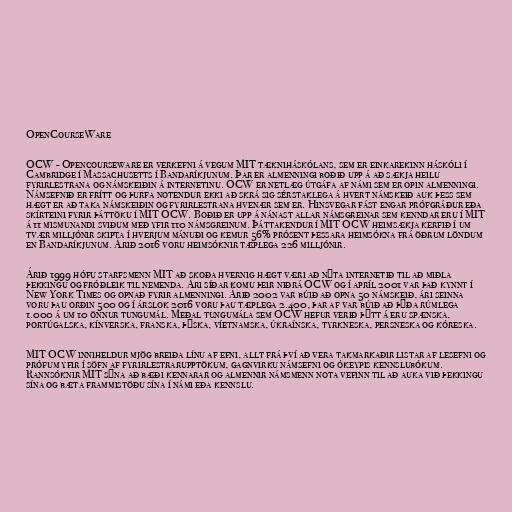
OpenCourseWare

OCW - Opencourseware er verkefni á vegum MIT tækniháskólans, sem er einkarekinn háskóli í
Cambridge í Massachusetts í Bandaríkjunum. Þar er almenningi boðið upp á að sækja heilu
fyrirlestrana og námskeiðin á internetinu. OCW er netlæg útgáfa af námi sem er opin almenningi.
Námsefnið er frítt og þurfa notendur ekki að skrá sig sérstaklega á hvert námskeið auk þess sem
hægt er að taka námskeiðin og fyrirlestrana hvenær sem er. Hinsvegar fást engar prófgráður eða
skírteini fyrir þáttöku í MIT OCW. Boðið er upp á nánast allar námsgreinar sem kenndar eru í MIT
á 11 mismunandi sviðum með yfir 110 námsgreinum. Þáttakendur í MIT OCW heimsækja kerfið í um
tvær milljónir skipta í hverjum mánuði og kemur 56% prósent þessara heimsókna frá öðrum löndum
en Bandaríkjunum. Árið 2016 voru heimsóknir tæplega 226 milljónir.

Árið 1999 hófu starfsmenn MIT að skoða hvernig hægt væri að nýta internetið til að miðla
þekkingu og fróðleik til nemenda. Ári síðar komu þeir niðrá OCW og í apríl 2001 var það kynnt í
New York Times og opnað fyrir almenningi. Árið 2002 var búið að opna 50 námskeið, ári seinna
voru þau orðin 500 og í árslok 2016 voru þau tæplega 2.400, þar af var búið að þýða rúmlega
1.000 á um 10 önnur tungumál. Meðal tungumála sem OCW hefur verið þýtt á eru spænska,
portúgalska, kínverska, franska, þýska, víetnamska, úkraínska, tyrkneska, persneska og kóreska.

MIT OCW inniheldur mjög breiða línu af efni, allt frá því að vera takmarkaðir listar af lesefni og
prófum yfir í söfn af fyrirlestrarupptökum, gagnvirku námsefni og ókeypis kennslubókum.
Rannsóknir MIT sýna að bæði kennarar og almennir námsmenn nota vefinn til að auka við þekkingu
sína og bæta frammistöðu sína í námi eða kennslu.